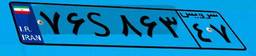
۵۵S۵۹۳۱۶